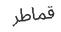
قماطر